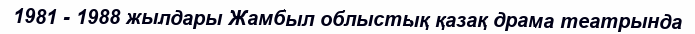
1981 - 1988 жылдары Жамбыл облыстық қазақ драма театрында